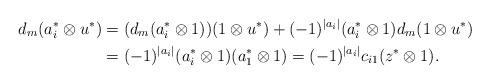
LaTeX: \begin{align*}d_{m}(a_i^*\otimes u^*)&=(d_{m}(a_i^*\otimes 1))(1\otimes u^*)+ (-1)^{|a_i|}(a_i^*\otimes 1)d_{m}(1\otimes u^*)\\&=(-1)^{\vert a_{i}\vert} (a_i^*\otimes 1)(a_1^*\otimes 1) = (-1)^{\vert a_{i}\vert} c_{i1}(z^*\otimes 1).\end{align*}